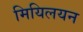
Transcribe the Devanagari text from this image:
मियिलयन